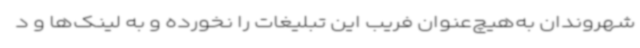
شهروندان به‌هیچ‌عنوان فریب این تبلیغات را نخورده و به لینک‌ها و د